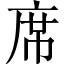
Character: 席